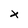
Character: x